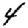
Digit: 4